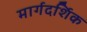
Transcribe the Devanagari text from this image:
मार्गदर्शिक